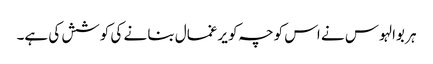
ہر بوالہوس نے اس کوچہ کو یرغمال بنا نے کی کوشش کی ہے۔